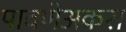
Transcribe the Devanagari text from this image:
पावणेअकरा